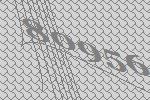
80956